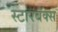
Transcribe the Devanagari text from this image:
स्टारबॅक्स